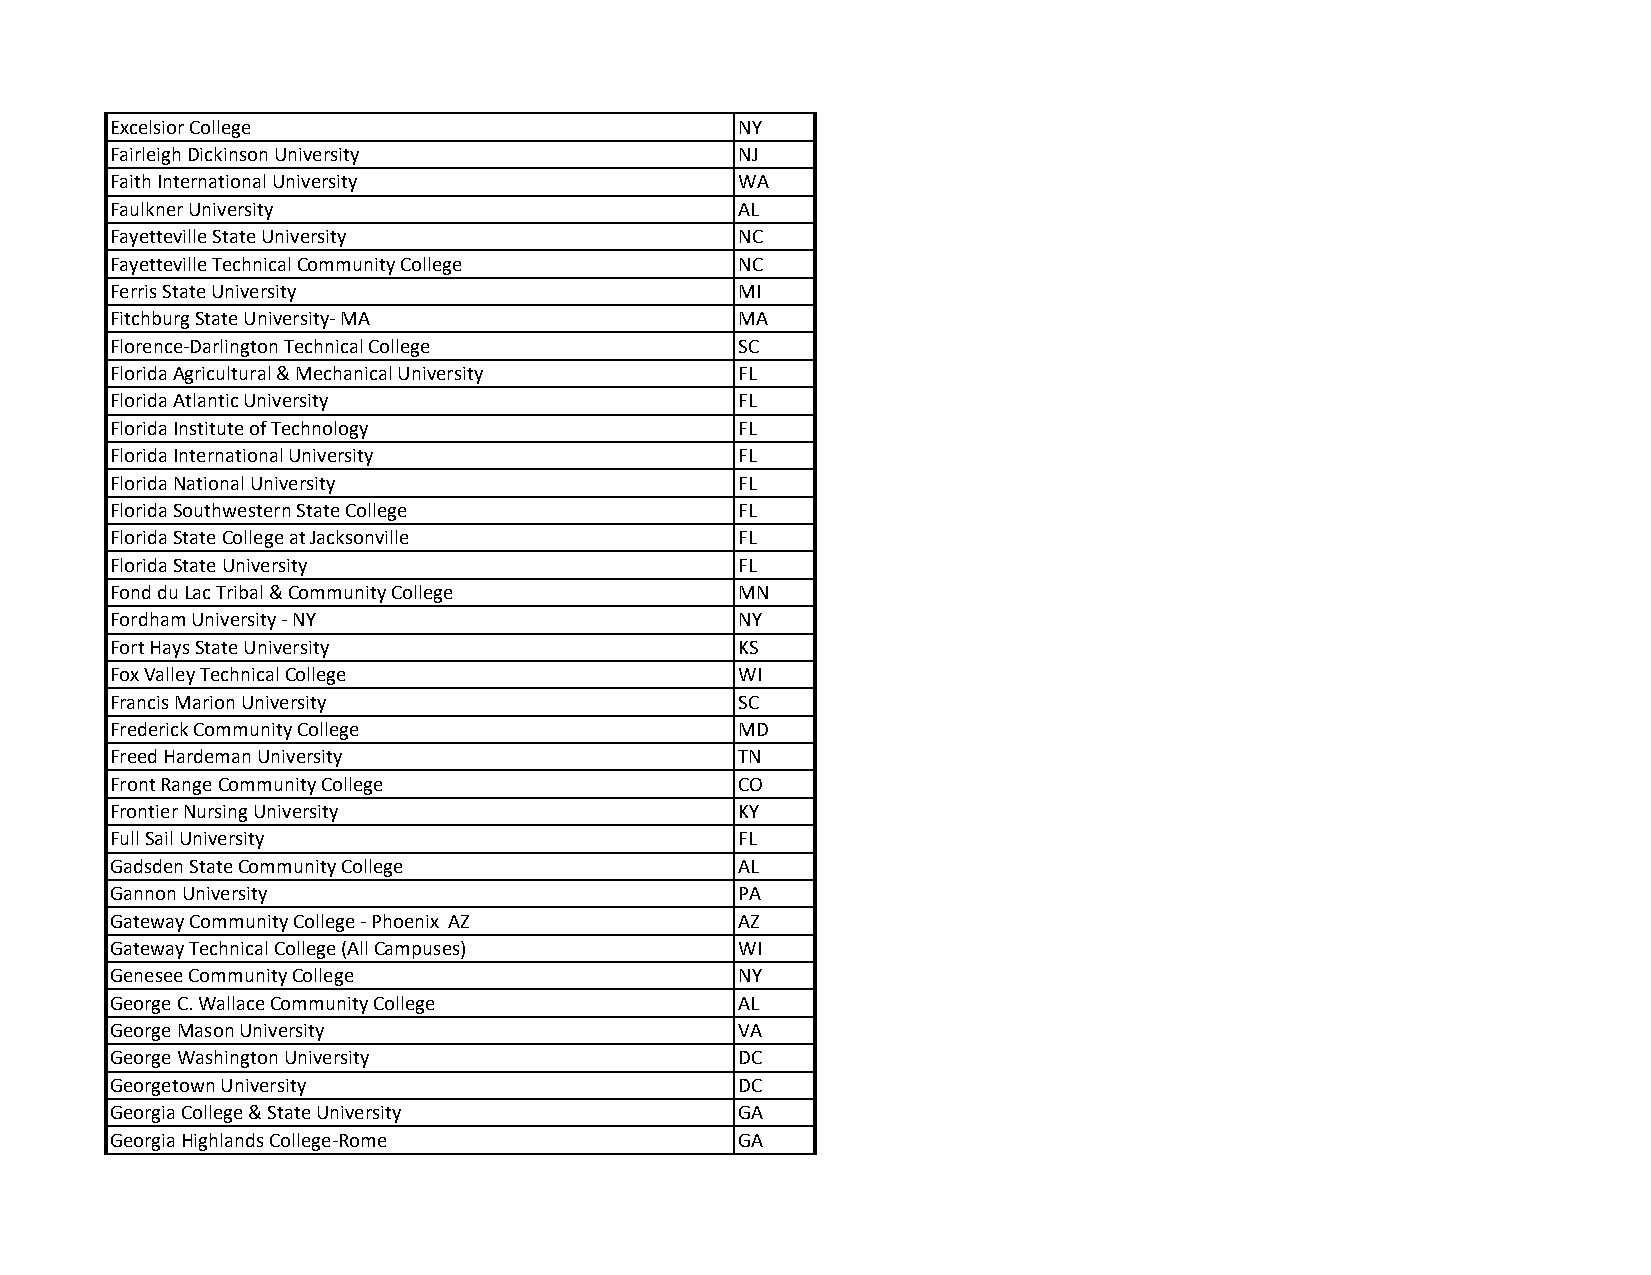
Excelsior College                         NY
 Fairleigh Dickinson University            NJ
 Faith International University            WA
 Faulkner University                       AL
 Fayetteville State University             NC
 Fayetteville Technical Community College  NC
 Ferris State University                   MI
 Fitchburg State University‐ MA            MA
 Florence‐Darlington Technical College     SC
 Florida Agricultural & Mechanical University FL
 Florida Atlantic University               FL
 Florida Institute of Technology           FL
 Florida International University          FL
 Florida National University               FL
 Florida Southwestern State College        FL
 Florida State College at Jacksonville     FL
 Florida State University                  FL
 Fond du Lac Tribal & Community College    MN
 Fordham University ‐ NY                   NY
 Fort Hays State University                KS
 Fox Valley Technical College              WI
 Francis Marion University                 SC
 Frederick Community College               MD
 Freed Hardeman University                 TN
 Front Range Community College             CO
 Frontier Nursing University               KY
 Full Sail University                      FL
 Gadsden State Community College           AL
 Gannon University                         PA
 Gateway Community College ‐ Phoenix AZ    AZ
 Gateway Technical College (All Campuses)  WI
 Genesee Community College                 NY
 George C. Wallace Community College       AL
 George Mason University                   VA
 George Washington University              DC
 Georgetown University                     DC
 Georgia College & State University        GA
 Georgia Highlands College‐Rome            GA